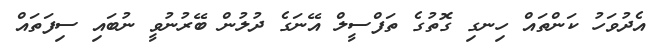
އެދުވަހު ކަންތައް ހިނގި ގޮތުގެ ތަފްސީލް އޭނަގެ ދުލުން ބޭރުނުވީ ނުބައި ސިފަތައް